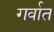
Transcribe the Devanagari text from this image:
गर्वात